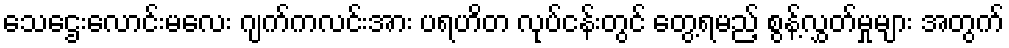
သေဌေးလောင်းမလေး ဂျက်ကလင်းအား ပရဟိတ လုပ်ငန်းတွင် တွေ့ရမည့် စွန့်လွှတ်မှုများ အတွက်